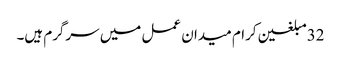
32مبلغین کرام میدان عمل میں سرگرم ہیں۔